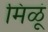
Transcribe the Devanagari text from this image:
मिळूं